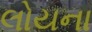
લોયના